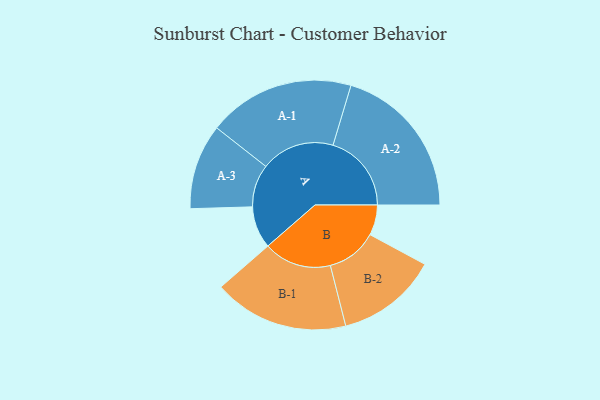
{"axis": {"x": "Segment", "y": "Value"}, "legend": ["", "A", "B"], "data": [{"x": "A", "y": 161, "type": ""}, {"x": "B", "y": 116, "type": ""}, {"x": "A-1", "y": 281, "type": "A"}, {"x": "A-2", "y": 300, "type": "A"}, {"x": "A-3", "y": 163, "type": "A"}, {"x": "B-1", "y": 259, "type": "B"}, {"x": "B-2", "y": 194, "type": "B"}]}